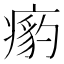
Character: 𱱟